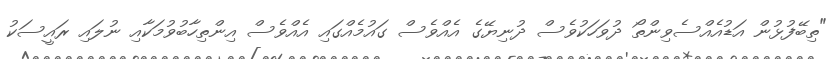
"ތިބޭފުޅުން އަޑުއެއްސެވިންތޯ ދުވަހަކުވެސް ދުނިޔޭގެ އެއްވެސް ގައުމެއްގައި އެއްވެސް އިންތިހާބުވުމަކާއި ނުލައި ރައީސަކު